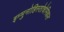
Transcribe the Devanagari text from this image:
इम्मुनोहिस्तोचेमिकल